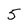
Character: 5